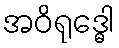
အဝိရုဒ္ဓေါ